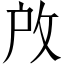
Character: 𢼄